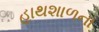
હાથશાળના